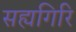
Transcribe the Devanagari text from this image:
सह्यगिरि